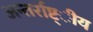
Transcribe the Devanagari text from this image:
अन्तर्राष्ट्ीय